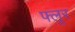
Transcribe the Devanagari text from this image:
फ्लूर